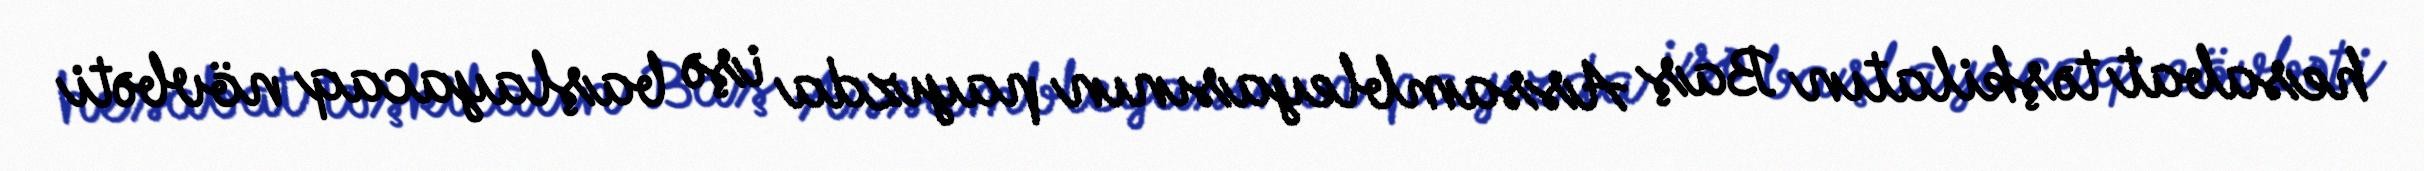
hesabat təşkilatın Baş Assambleyasının payızda işə başlayacaq növbəti